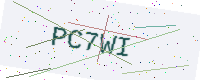
Text: PC7WI